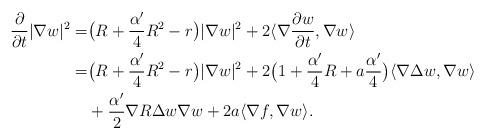
LaTeX: \begin{align*}\frac{\partial}{\partial t}|\nabla w|^2=&\big(R+\frac{\alpha'}{4}R^2-r\big)|\nabla w|^2+2\langle\nabla\frac{\partial w}{\partial t},\nabla w\rangle \\=&\big(R+\frac{\alpha'}{4}R^2-r\big)|\nabla w|^2+2\big(1+\frac{\alpha'}{4}R+a\frac{\alpha'}{4}\big)\langle\nabla\Delta w,\nabla w\rangle \\&+\frac{\alpha'}{2}\nabla R\Delta w\nabla w+2a\langle\nabla f,\nabla w\rangle.\end{align*}